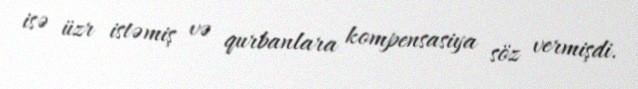
isə üzr istəmiş və qurbanlara kompensasiya söz vermişdi.